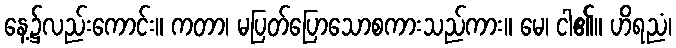
နေ့၌လည်းကောင်း။ ကတာ၊ မပြတ်ပြောသောစကားသည်ကား။ မေ၊ ငါ၏။ ဟိရညံ၊